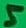
Text: 5